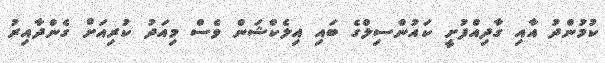
ކުމުންދު އާއި ގާދިއްފުށީ ކައުންސިލްގެ ބައި އިލެކްޝަން ވެސް މިއަދު ކުރިއަށް ގެންދާއިރު